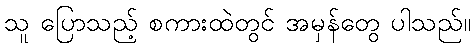
သူ ပြောသည့် စကားထဲတွင် အမှန်တွေ ပါသည်။